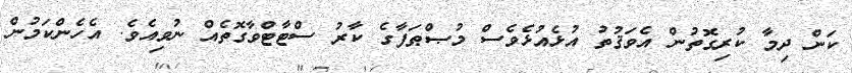
ކަން ދިމާ ކުރިގޮތުން އެވަޤުތު އުޅެއުޅެވެސް މުޞްޠަފާގެ ކާރު ސްޓާޓްވާގޮތެއް ނުވިއެވެ. އެހެންކަމުން